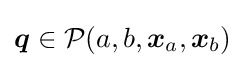
{\boldsymbol {q}}\in {\mathcal {P}}(a,b,{\boldsymbol {x}}_{a},{\boldsymbol {x}}_{b})